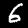
Label: 6